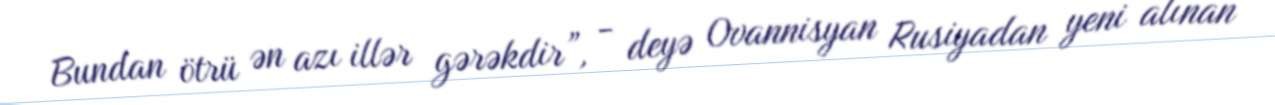
Bundan ötrü ən azı illər gərəkdir”, - deyə Ovannisyan Rusiyadan yeni alınan